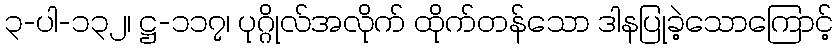
၃-ပါ-၁၃၂၊ ဋ္ဌ-၁၁၇၊ ပုဂ္ဂိုလ်အလိုက် ထိုက်တန်သော ဒါနပြုခဲ့သောကြောင့်